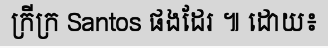
ក្រីក្រ Santos ផងដែរ ៕ ដោយ៖